Civil Veterinary Department. Madras. Admin. report 1926-33 - 1926-1933
Year: 1926
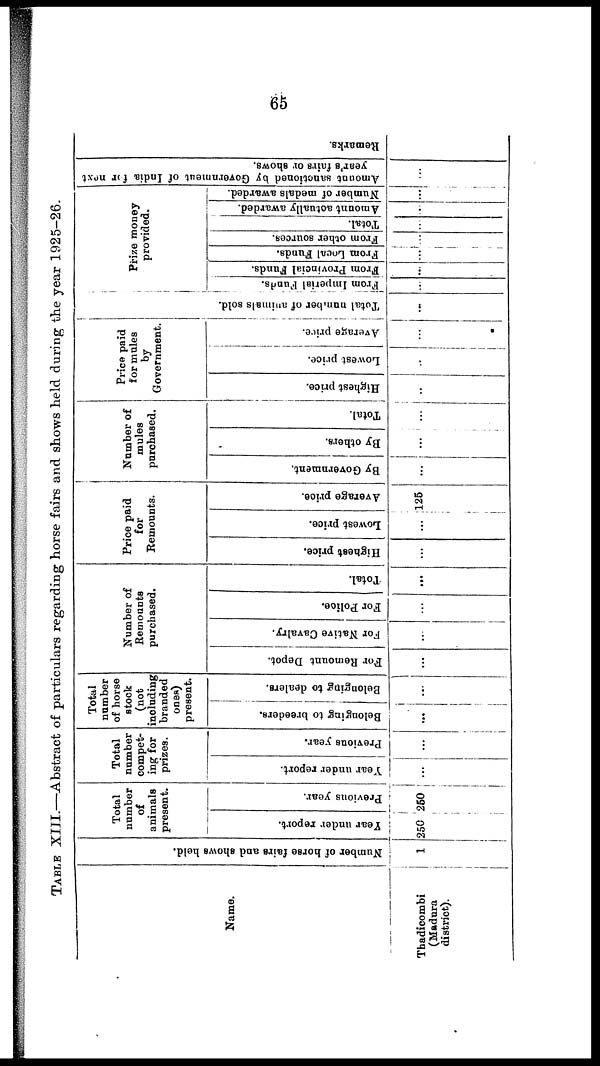
65
TABLE XIII.—Abstract of particulars regarding horse fairs and shows held during the year 1925-26.
Name.
Thadicombi
(Madura
district).
Number of horse fairs and shows held.
1
Total
number
of
animals
present.
Year
under report.
250
Previous year.
250
Total
number
compet-
ing for
prizes.
Year under report.
...
Previous year.
. . .
Total
number
of horse
stock
(not
including
branded
ones)
present.
Belonging to breeders.
...
Belonging to dealers.
...
Number of
Remounts
purchased.
For Remount Depot.
. . .
For Native Cavalry.
. . .
For Police.
...
Total.
...
Price paid
for
Remounts.
Highest price.
...
Lowest price.
...
Average price.
125
Number of
mules
purchased.
By Government.
...
By others.
. . .
Total.
. . .
Price paid
for mules
by
Government.
Highest price.
...
Lowest price.
. .
Average price.
...
Tot al number of animals sold.
...
Prize money
provided.
From Imperial Funds.
. . .
From Provincial Funds.
. . .
From Local Funds.
...
From other sources.
...
Total.
...
Amount actually awarded.
...
Number of medals awarded.
...
Amount
sanctioned
by Governme
year's fairs or shows.
...
Re ma r
ks .